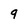
Character: 9